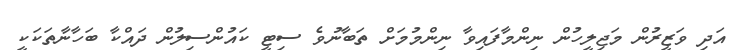
އަދި ވަޒީރުން މަޖިލީހުން ނިންމާފައިވާ ނިންމުމަށް ތަބާނުވެ ސިޓީ ކައުންސިލުން ދައްކާ ބަހާނާތަކަކީ